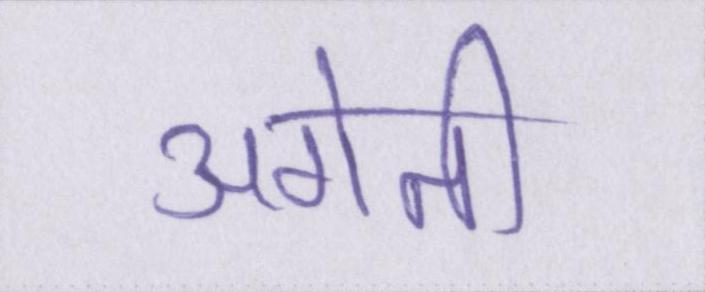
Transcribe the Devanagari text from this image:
अगेती